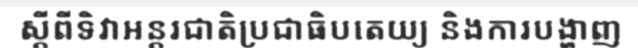
ស្តីពីទិវាអន្តរជាតិប្រជាធិបតេយ្យ និងការបង្ហាញ